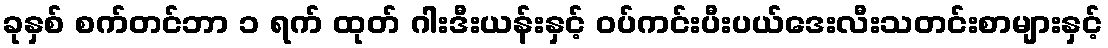
ခုနှစ် စက်တင်ဘာ ၁ ရက် ထုတ် ဂါးဒီးယန်းနှင့် ဝပ်ကင်းပီးပယ်ဒေးလီးသတင်းစာများနှင့်